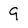
Character: 9